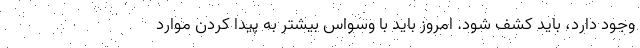
وجود دارد، باید کشف شود. امروز باید با وسواس بیشتر به پیدا کردن موارد